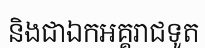
និងជាឯកអគ្គរាជទូត